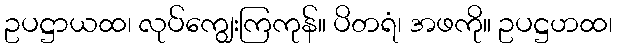
ဥပဋ္ဌာယထ၊ လုပ်ကျွေးကြကုန်။ ပိတရံ၊ အဖကို။ ဥပဋ္ဌဟထ၊